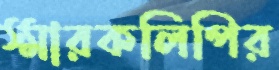
স্মারকলিপির